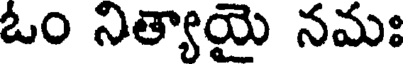
ఓం నిత్యాయై నమః